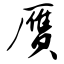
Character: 赝